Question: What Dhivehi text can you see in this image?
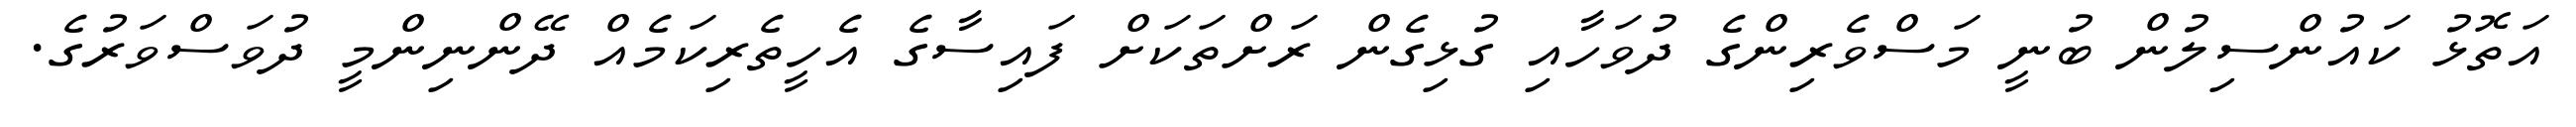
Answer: އަތޮޅު ކައުންސިލުން ބުނީ މަސްވެރިންގެ ދުވަހާއި ގުޅިގެން ރަށްތަކަށް ފައިސާގެ އެހީތެރިކަމެއް ދޭންނިންމީ ދުވަސްވަރުގެ.